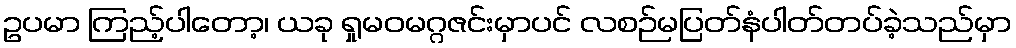
ဥပမာ ကြည့်ပါတော့၊ ယခု ရှုမဝမဂ္ဂဇင်းမှာပင် လစဉ်မပြတ်နံပါတ်တပ်ခဲ့သည်မှာ